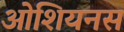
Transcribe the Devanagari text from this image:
ओशियनस